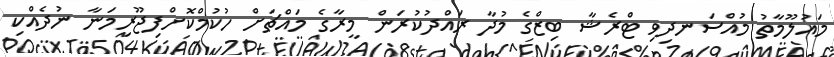
މައުލޫމާތު މުއްސަނދިވި ޓްރެޝާ ބިޒްގެ މުދާ ރައްދުކުރަން މީރާގެ މައްޗަށް ހުކުމްކޮށްފިޖޫރިމަނާ ނުދެއްކި